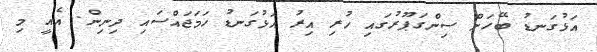
އަޅުގަނޑު ބޭހަށް ސިންގަޕޫރުގައި ހުރި އިރު އަޅުގަނޑު ހަމަޖައްސައި ދިނިން. އެއީ މި